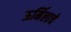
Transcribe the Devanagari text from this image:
ऊर्मिलाचे